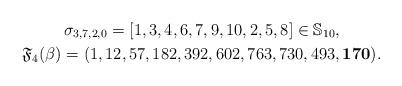
LaTeX: \begin{gather*}\sigma_{3,7,2,0}=[1,3,4,6,7,9,10,2,5,8] \in \mathbb{S}_{10}, \\ \mathfrak{F}_4(\beta)=(1,12,57,182,392,602,763,730,493,{\bf 170}).\end{gather*}